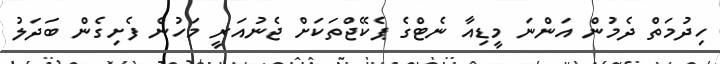
ހިދުމަތް ދެމުން އަންނަ މީޑިއާ ނެޓްގެ ޕެކޭޖްތަކަށް ޖެނުއަރީ މަހުން ފެށިގެން ބަދަލު